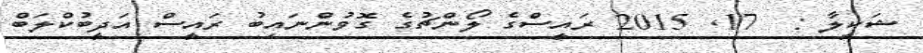
ޝަކީލާ :  17